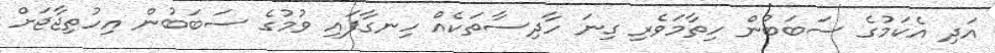
އަދި އެކަމުގެ ސަބަބުން ހިތާމަވެރި ގިނަ ހާދިސާތަކެއް ހިނގާފައި ވުމުގެ ސަބަބުން އިހުތިޖާޖަށް